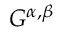
G ^ { \alpha , \beta }